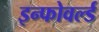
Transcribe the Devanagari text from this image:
इन्फोवर्ल्ड